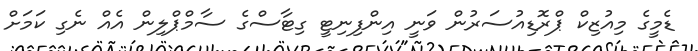
ޑެމީގެ މިއުޒިކް ޕްރޮޑިއުސަރުން ވަނީ އިންފިނިޓީ ގިޓާސްގެ ސާމްޕްލިން އެއް ނެގި ކަމަށް